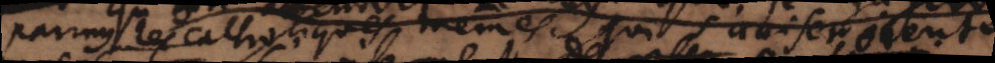
parmy les Catholiques memes qui aviseroient